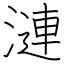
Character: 漣